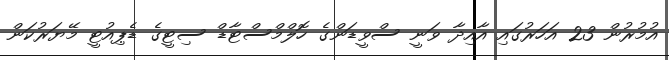
އުމުރުން 23 އަހަރުގައި އާއިދާ ވަނީ ސްވީޑަންގެ ހޮލްމްސްޓާޑް ސިޓީގެ ޑެޕިއުޓީ މޭޔަރުކަން